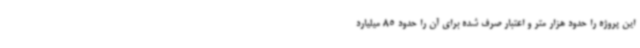
این پروژه را حدود هزار متر و اعتبار صرف شده برای آن را حدود 85 میلیارد